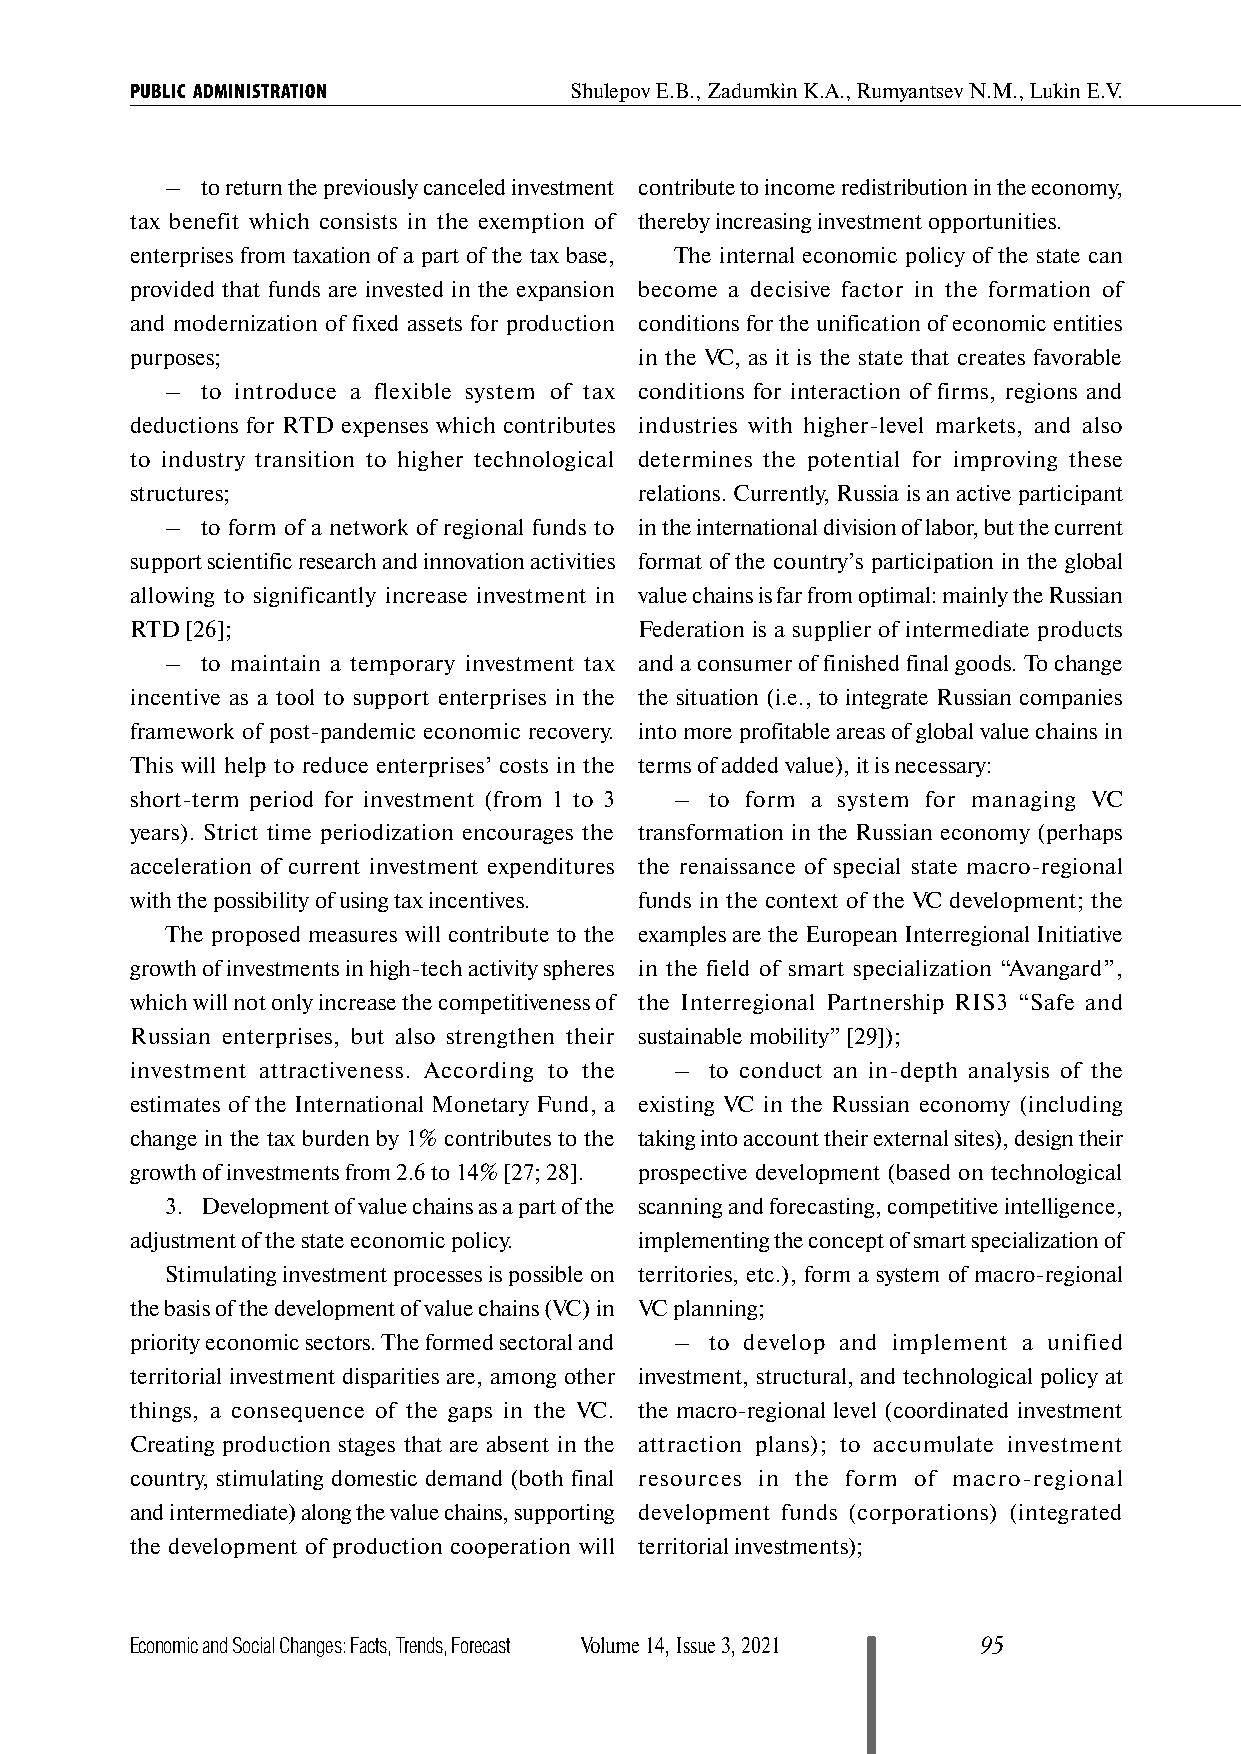
PUBLIC ADMINISTRATION        Shulepov Е.B., Zadumkin К.А., Rumyantsev N.М., Lukin Е.V.
 – to return the previously canceled investment contribute to income redistribution in the economy,
 tax benefit which consists in the exemption of thereby increasing investment opportunities.
 enterprises from taxation of a part of the tax base, The internal economic policy of the state can
 provided that funds are invested in the expansion become a decisive factor in the formation of
 and modernization of fixed assets for production conditions for the unification of economic entities
 purposes;                        in the VC, as it is the state that creates favorable
 – to introduce a flexible system of tax conditions for interaction of firms, regions and
 deductions for RTD expenses which contributes industries with higher-level markets, and also
 to industry transition to higher technological determines the potential for improving these
 structures;                      relations. Currently, Russia is an active participant
 – to form of a network of regional funds to in the international division of labor, but the current
 support scientific research and innovation activities format of the country’s participation in the global
 allowing to significantly increase investment in value chains is far from optimal: mainly the Russian
 RTD [26];                        Federation is a supplier of intermediate products
 – to maintain a temporary investment tax and a consumer of finished final goods. To change
 incentive as a tool to support enterprises in the the situation (i.e., to integrate Russian companies
 framework of post-pandemic economic recovery. into more profitable areas of global value chains in
 This will help to reduce enterprises’ costs in the terms of added value), it is necessary:
 short-term period for investment (from 1 to 3 – to form a system for managing VC
 years). Strict time periodization encourages the transformation in the Russian economy (perhaps
 acceleration of current investment expenditures the renaissance of special state macro-regional
 with the possibility of using tax incentives. funds in the context of the VC development; the
 The proposed measures will contribute to the examples are the European Interregional Initiative
 growth of investments in high-tech activity spheres in the field of smart specialization “Avangard”,
 which will not only increase the competitiveness of the Interregional Partnership RIS3 “Safe and
 Russian enterprises, but also strengthen their sustainable mobility” [29]);
 investment attractiveness. According to the – to conduct an in-depth analysis of the
 estimates of the International Monetary Fund, a existing VC in the Russian economy (including
 change in the tax burden by 1% contributes to the taking into account their external sites), design their
 growth of investments from 2.6 to 14% [27; 28]. prospective development (based on technological
 3. Development of value chains as a part of the scanning and forecasting, competitive intelligence,
 adjustment of the state economic policy. implementing the concept of smart specialization of
 Stimulating investment processes is possible on territories, etc.), form a system of macro-regional
 the basis of the development of value chains (VC) in VC planning;
 priority economic sectors. The formed sectoral and – to develop and implement a unified
 territorial investment disparities are, among other investment, structural, and technological policy at
 things, a consequence of the gaps in the VC. the macro-regional level (coordinated investment
 Creating production stages that are absent in the attraction plans); to accumulate investment
 country, stimulating domestic demand (both final resources in the form of macro-regional
 and intermediate) along the value chains, supporting development funds (corporations) (integrated
 the development of production cooperation will territorial investments);
 Economic and Social Changes: Facts, Trends, Forecast Volume 14, Issue 3, 2021 95